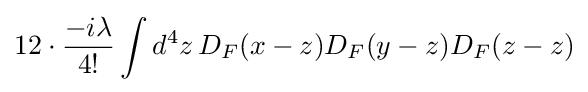
12\cdot {\frac {-i\lambda }{4!}}\int d^{4}z\,D_{F}(x-z)D_{F}(y-z)D_{F}(z-z)